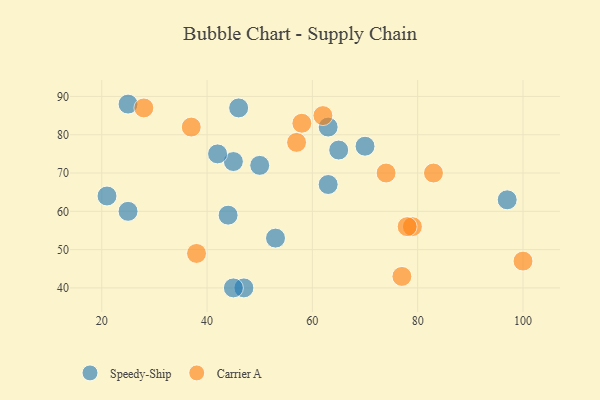
{"axis": {"x": "GDP", "y": "Life Expectancy"}, "legend": ["Carrier A", "Speedy-Ship"], "data": [{"x": "21", "y": 64, "type": "Speedy-Ship"}, {"x": "46", "y": 87, "type": "Speedy-Ship"}, {"x": "63", "y": 82, "type": "Speedy-Ship"}, {"x": "50", "y": 72, "type": "Speedy-Ship"}, {"x": "44", "y": 59, "type": "Speedy-Ship"}, {"x": "70", "y": 77, "type": "Speedy-Ship"}, {"x": "45", "y": 73, "type": "Speedy-Ship"}, {"x": "97", "y": 63, "type": "Speedy-Ship"}, {"x": "53", "y": 53, "type": "Speedy-Ship"}, {"x": "47", "y": 40, "type": "Speedy-Ship"}, {"x": "25", "y": 88, "type": "Speedy-Ship"}, {"x": "42", "y": 75, "type": "Speedy-Ship"}, {"x": "25", "y": 60, "type": "Speedy-Ship"}, {"x": "45", "y": 40, "type": "Speedy-Ship"}, {"x": "63", "y": 67, "type": "Speedy-Ship"}, {"x": "65", "y": 76, "type": "Speedy-Ship"}, {"x": "57", "y": 78, "type": "Carrier A"}, {"x": "38", "y": 49, "type": "Carrier A"}, {"x": "83", "y": 70, "type": "Carrier A"}, {"x": "74", "y": 70, "type": "Carrier A"}, {"x": "77", "y": 43, "type": "Carrier A"}, {"x": "79", "y": 56, "type": "Carrier A"}, {"x": "37", "y": 82, "type": "Carrier A"}, {"x": "78", "y": 56, "type": "Carrier A"}, {"x": "100", "y": 47, "type": "Carrier A"}, {"x": "62", "y": 85, "type": "Carrier A"}, {"x": "58", "y": 83, "type": "Carrier A"}, {"x": "28", "y": 87, "type": "Carrier A"}]}